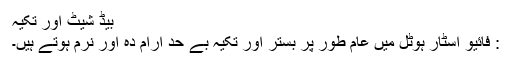
بیڈ شیٹ اور تکیہ
: فائیو اسٹار ہوٹل میں عام طور پر بستر اور تکیہ بے حد آرام دہ اور نرم ہوتے ہیں۔